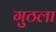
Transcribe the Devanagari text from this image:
गुठला